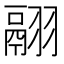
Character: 翮